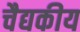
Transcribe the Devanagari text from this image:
चैद्यकीय